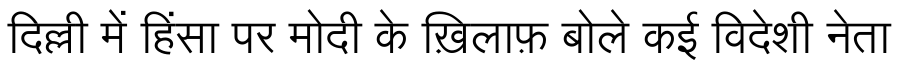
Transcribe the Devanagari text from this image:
दिल्ली में हिंसा पर मोदी के ख़िलाफ़ बोले कई विदेशी नेता